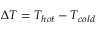
\Delta T = T _ { h o t } - T _ { c o l d }